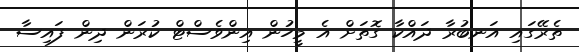
ތެރޭގައި އަނބުރާ ދައްކާ ގޮތަށް އެ މީހުން އިންވެސްޓް ކުރަން ދިން ފައިސާ